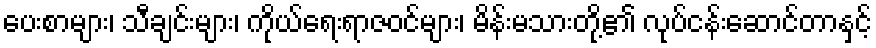
ပေးစာများ၊ သီချင်းများ၊ ကိုယ်ရေးရာဇဝင်များ၊ မိန်းမသားတို့၏ လုပ်ငန်းဆောင်တာနှင့်